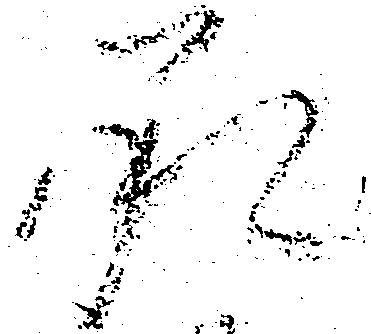
承